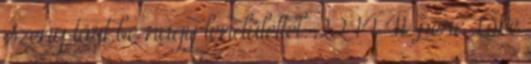
Szeny tört be nagy lendülettel. 22–14 41. perc Löke